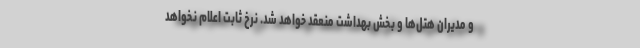
و مدیران هتل‌ها و بخش بهداشت منعقد خواهد شد. نرخ ثابت اعلام نخواهد